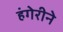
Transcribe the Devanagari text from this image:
हंगेरीने